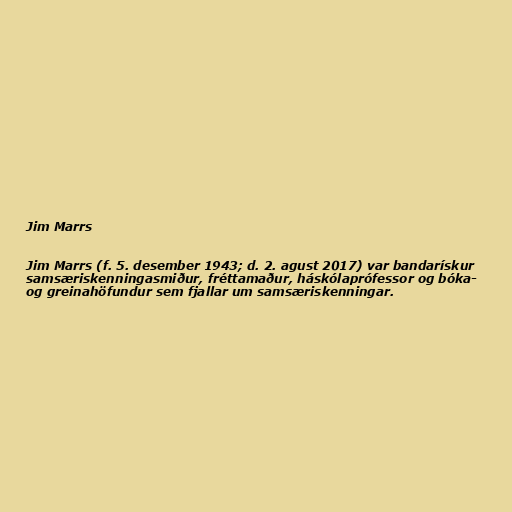
Jim Marrs

Jim Marrs (f. 5. desember 1943; d. 2. agust 2017) var bandarískur
samsæriskenningasmiður, fréttamaður, háskólaprófessor og bóka-
og greinahöfundur sem fjallar um samsæriskenningar.